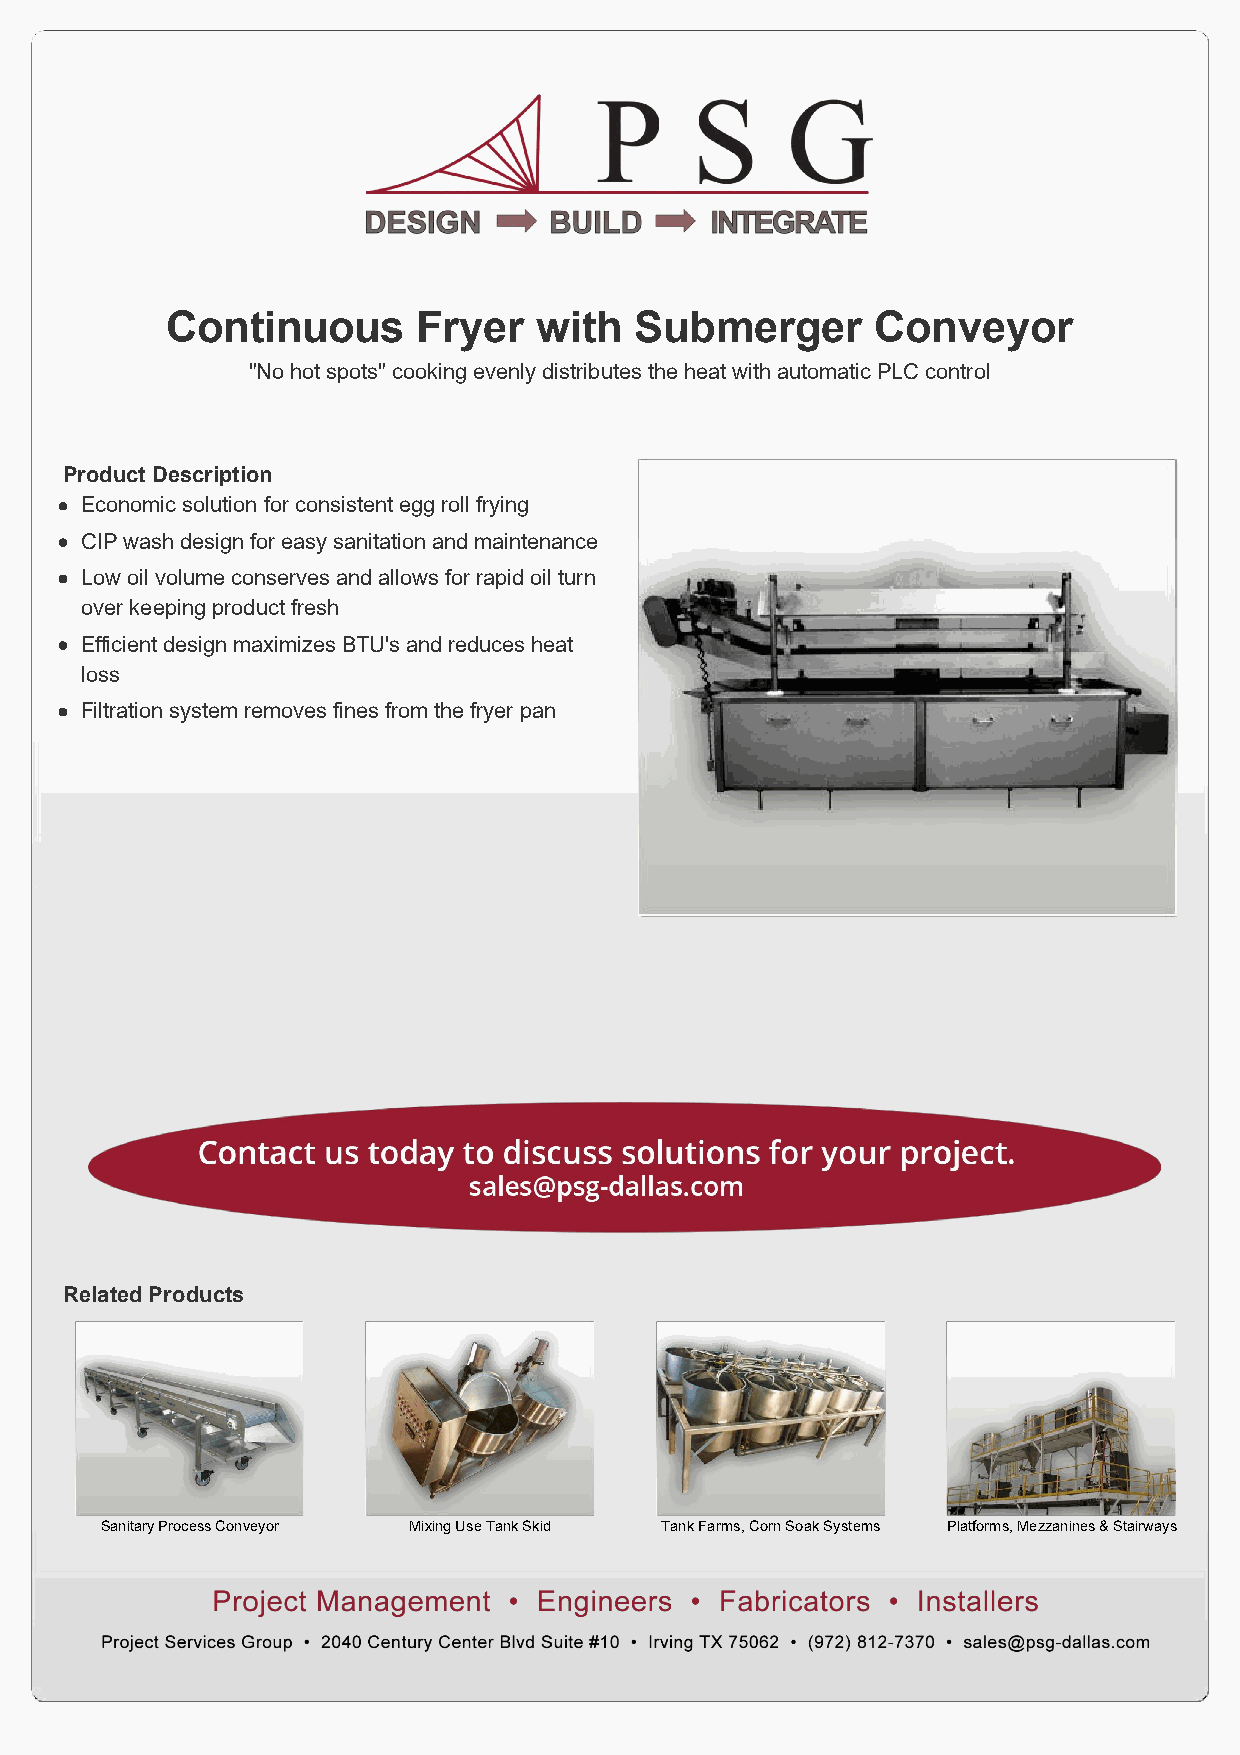
Continuous       Fryer   with  Submerger       Conveyor
 "No hot spots" cooking evenly distributes the heat with automatic PLC control
 Product Description
 Economic solution for consistent egg roll frying
 CIP wash design for easy sanitation and maintenance
 Low oil volume conserves and allows for rapid oil turn
 over keeping product fresh
 Efficient design maximizes BTU's and reduces heat
 loss
 Filtration system removes fines from the fryer pan
 Related Products
 Sanitary Process Conveyor Mixing Use Tank Skid Tank Farms, Corn Soak Systems Platforms, Mezzanines & Stairways